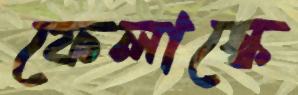
ফেলাস্কে